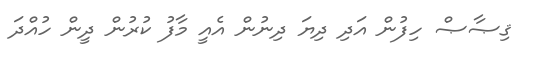
ޤިޞާޞް ހިފުން އަދި ދިޔަ ދިނުން އެއީ މާފު ކުރުން ދީން ހުއްދަ